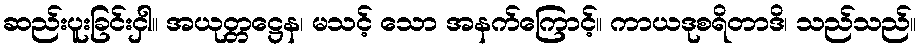
ဆည်းပူးခြင်းငှါ။ အယုတ္တဋ္ဌေန၊ မသင့် သော အနက်ကြောင့်။ ကာယဒုစရိတာဒိ၊ သည်သည်။